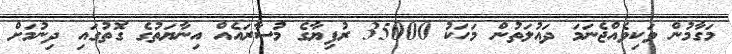
މަގާމުން ވަކިވެއްޖެނަމަ ދައުލަތުން މަހަކު 35000 ރުފިޔާގެ މުސާރައެއް އިނާޔަތުގެ ގޮތުގައި ދިނުމަށް